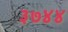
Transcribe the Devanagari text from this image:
३७४४